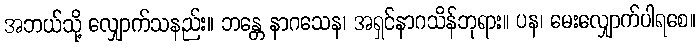
အဘယ်သို့ လျှောက်သနည်း။ ဘန္တေ နာဂသေန၊ အရှင်နာဂသိန်ဘုရား။ ပန၊ မေးလျှောက်ပါရစေ။